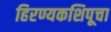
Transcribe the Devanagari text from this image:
हिरण्यकशिपूचा